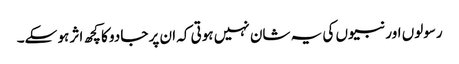
رسولوں اور نبیوں کی یہ شان نہیں ہوتی کہ ان پر جادو کا کچھ اثر ہو سکے۔